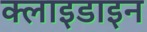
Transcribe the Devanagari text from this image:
क्लाइडाइन